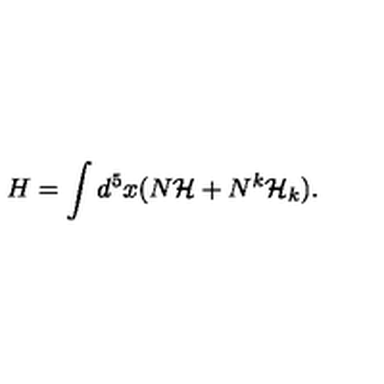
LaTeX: H = \int d ^ { 5 } x ( N { \cal H } + N ^ { k } { \cal H } _ { k } ) .